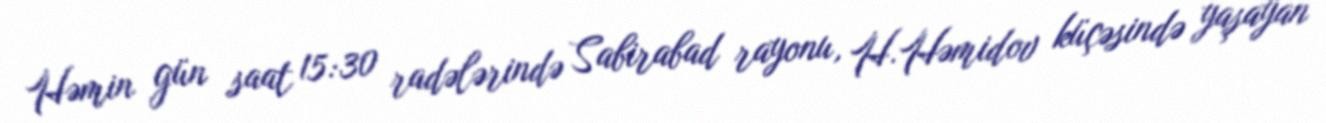
Həmin gün saat 15:30 radələrində Sabirabad rayonu, H.Həmidov küçəsində yaşayan